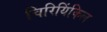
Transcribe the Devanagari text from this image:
चिरियिंकिल